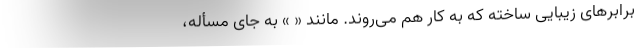
برابرهای زیبایی ساخته که به کار هم می‌روند. مانند « » به جای مسأله،